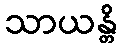
သာယန္တိ